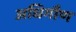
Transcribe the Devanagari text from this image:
अधिगौण